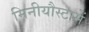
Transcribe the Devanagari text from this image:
मिनीयौस्टामें